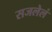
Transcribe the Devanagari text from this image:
सजलेलं